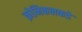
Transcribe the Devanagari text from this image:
क्रोनिकलकडे